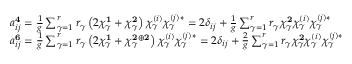
\begin{array} { l } { { a _ { i j } ^ { { \bf 4 } } = \frac { 1 } { g } \sum _ { \gamma = 1 } ^ { r } r _ { \gamma } \left( 2 \chi _ { \gamma } ^ { { \bf 1 } } + \chi _ { \gamma } ^ { { \bf 2 } } \right) \chi _ { \gamma } ^ { ( i ) } \chi _ { \gamma } ^ { ( j ) * } = 2 \delta _ { i j } + \frac { 1 } { g } \sum _ { \gamma = 1 } ^ { r } r _ { \gamma } \chi _ { \gamma } ^ { { \bf 2 } } \chi _ { \gamma } ^ { ( i ) } \chi _ { \gamma } ^ { ( j ) * } } } \\ { { a _ { i j } ^ { { \bf 6 } } = \frac { 1 } { g } \sum _ { \gamma = 1 } ^ { r } r _ { \gamma } \left( 2 \chi _ { \gamma } ^ { { \bf 1 } } + \chi _ { \gamma } ^ { { \bf 2 } \oplus { \bf 2 } } \right) \chi _ { \gamma } ^ { ( i ) } \chi _ { \gamma } ^ { ( j ) * } = 2 \delta _ { i j } + \frac { 2 } { g } \sum _ { \gamma = 1 } ^ { r } r _ { \gamma } \chi _ { \gamma } ^ { { \bf 2 } } \chi _ { \gamma } ^ { ( i ) } \chi _ { \gamma } ^ { ( j ) * } } } \end{array}